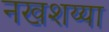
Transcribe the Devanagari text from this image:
नखशय्या